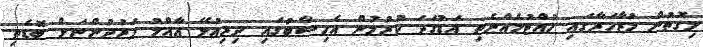
މިގޮތުން މުޒާހަރާގައި ހުއްޓުމެއްނެތި އަޑުގަދަ ކުރުމުން އެހިސާބުގައި ދިރިއުޅޭ ޢާއްމު ފަރުދުންނަށް ބޮޑެތި